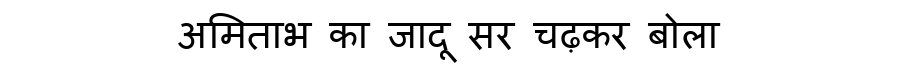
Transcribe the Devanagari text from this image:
अमिताभ का जादू सर चढ़कर बोला